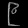
Digit: ၉